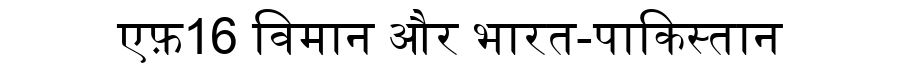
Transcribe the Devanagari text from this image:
एफ़16 विमान और भारत-पाकिस्तान